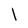
Character: I